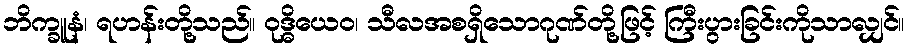
ဘိက္ခူနံ၊ ရဟန်းတို့သည်။ ဝုဒ္ဓိယေဝ၊ သီလအစရှိသောဂုဏ်တို့ဖြင့် ကြီးပွားခြင်းကိုသာလျှင်။